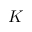
K